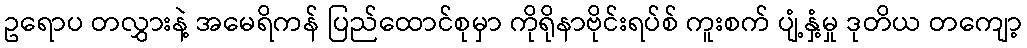
ဥရောပ တလွှားနဲ့ အမေရိကန် ပြည်ထောင်စုမှာ ကိုရိုနာဗိုင်းရပ်စ် ကူးစက် ပျံ့နှံ့မှု ဒုတိယ တကျော့